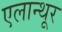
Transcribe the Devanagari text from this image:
एलान्थूर